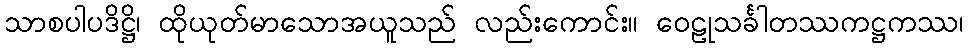
သာစပါပဒိဋ္ဌိ၊ ထိုယုတ်မာသောအယူသည် လည်းကောင်း။ ဝေဠုသင်္ခါတဿကဋ္ဌကဿ၊